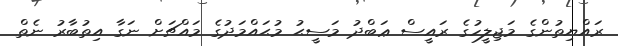
ރައްޔިތުންގެ މަޖިލީހުގެ ރައީސް ޢަބްދު މަސީޙު މުޙައްމަދުގެ މައްޗަށް ނަގާ އިތުބާރު ނެތް